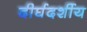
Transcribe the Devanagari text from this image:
दीर्घदर्शीय